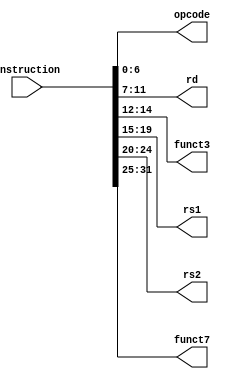
`timescale 1ns / 1ps
//////////////////////////////////////////////////////////////////////////////////
// Company: 
// Engineer: 
// 
// Design Name: 
// Module Name: Instruction_Parser
// Project Name: 
// Target Devices: 
// Tool Versions: 
// Description: 
// 
// Dependencies: 
// 
// Revision:
// Revision 0.01 - File Created
// Additional Comments:
// 
//////////////////////////////////////////////////////////////////////////////////


module Instruction_Parser(
input [31:0] instruction,
	output [6:0] opcode,
	output [4:0] rd,
	output [2:0] funct3,
	output [4:0] rs1,
	output [4:0] rs2,
	output [6:0] funct7
	
);

assign opcode 	= instruction [6:0];
assign rd 		= instruction [11:7];
assign funct3 	= instruction [14:12];
assign rs1		= instruction [19:15];
assign rs2		= instruction [24:20];
assign funct7	= instruction [31:25];

endmodule